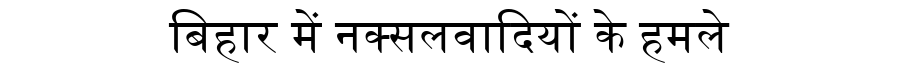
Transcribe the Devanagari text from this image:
बिहार में नक्सलवादियों के हमले